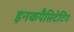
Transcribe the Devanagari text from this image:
इनकपैसिटेटिंग